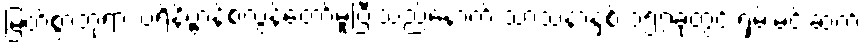
မြတ်စွာဘုရား ပရိနိဗ္ဗာန်စံလွန်တော်မူပြီးသည်နောက် သာသနာနှစ် ၁၅၇ခုတွင် ရှမ်းမင်းဆက်